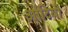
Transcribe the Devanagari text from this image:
आंटियों